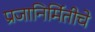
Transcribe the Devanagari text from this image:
प्रजानिर्मितीचे